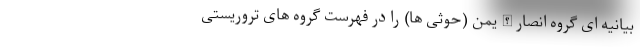
بیانیه ای گروه انصار الله یمن (حوثی ها) را در فهرست گروه های تروریستی